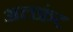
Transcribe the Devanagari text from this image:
अलफ्रंट